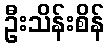
ဦးသိန်းစိန်